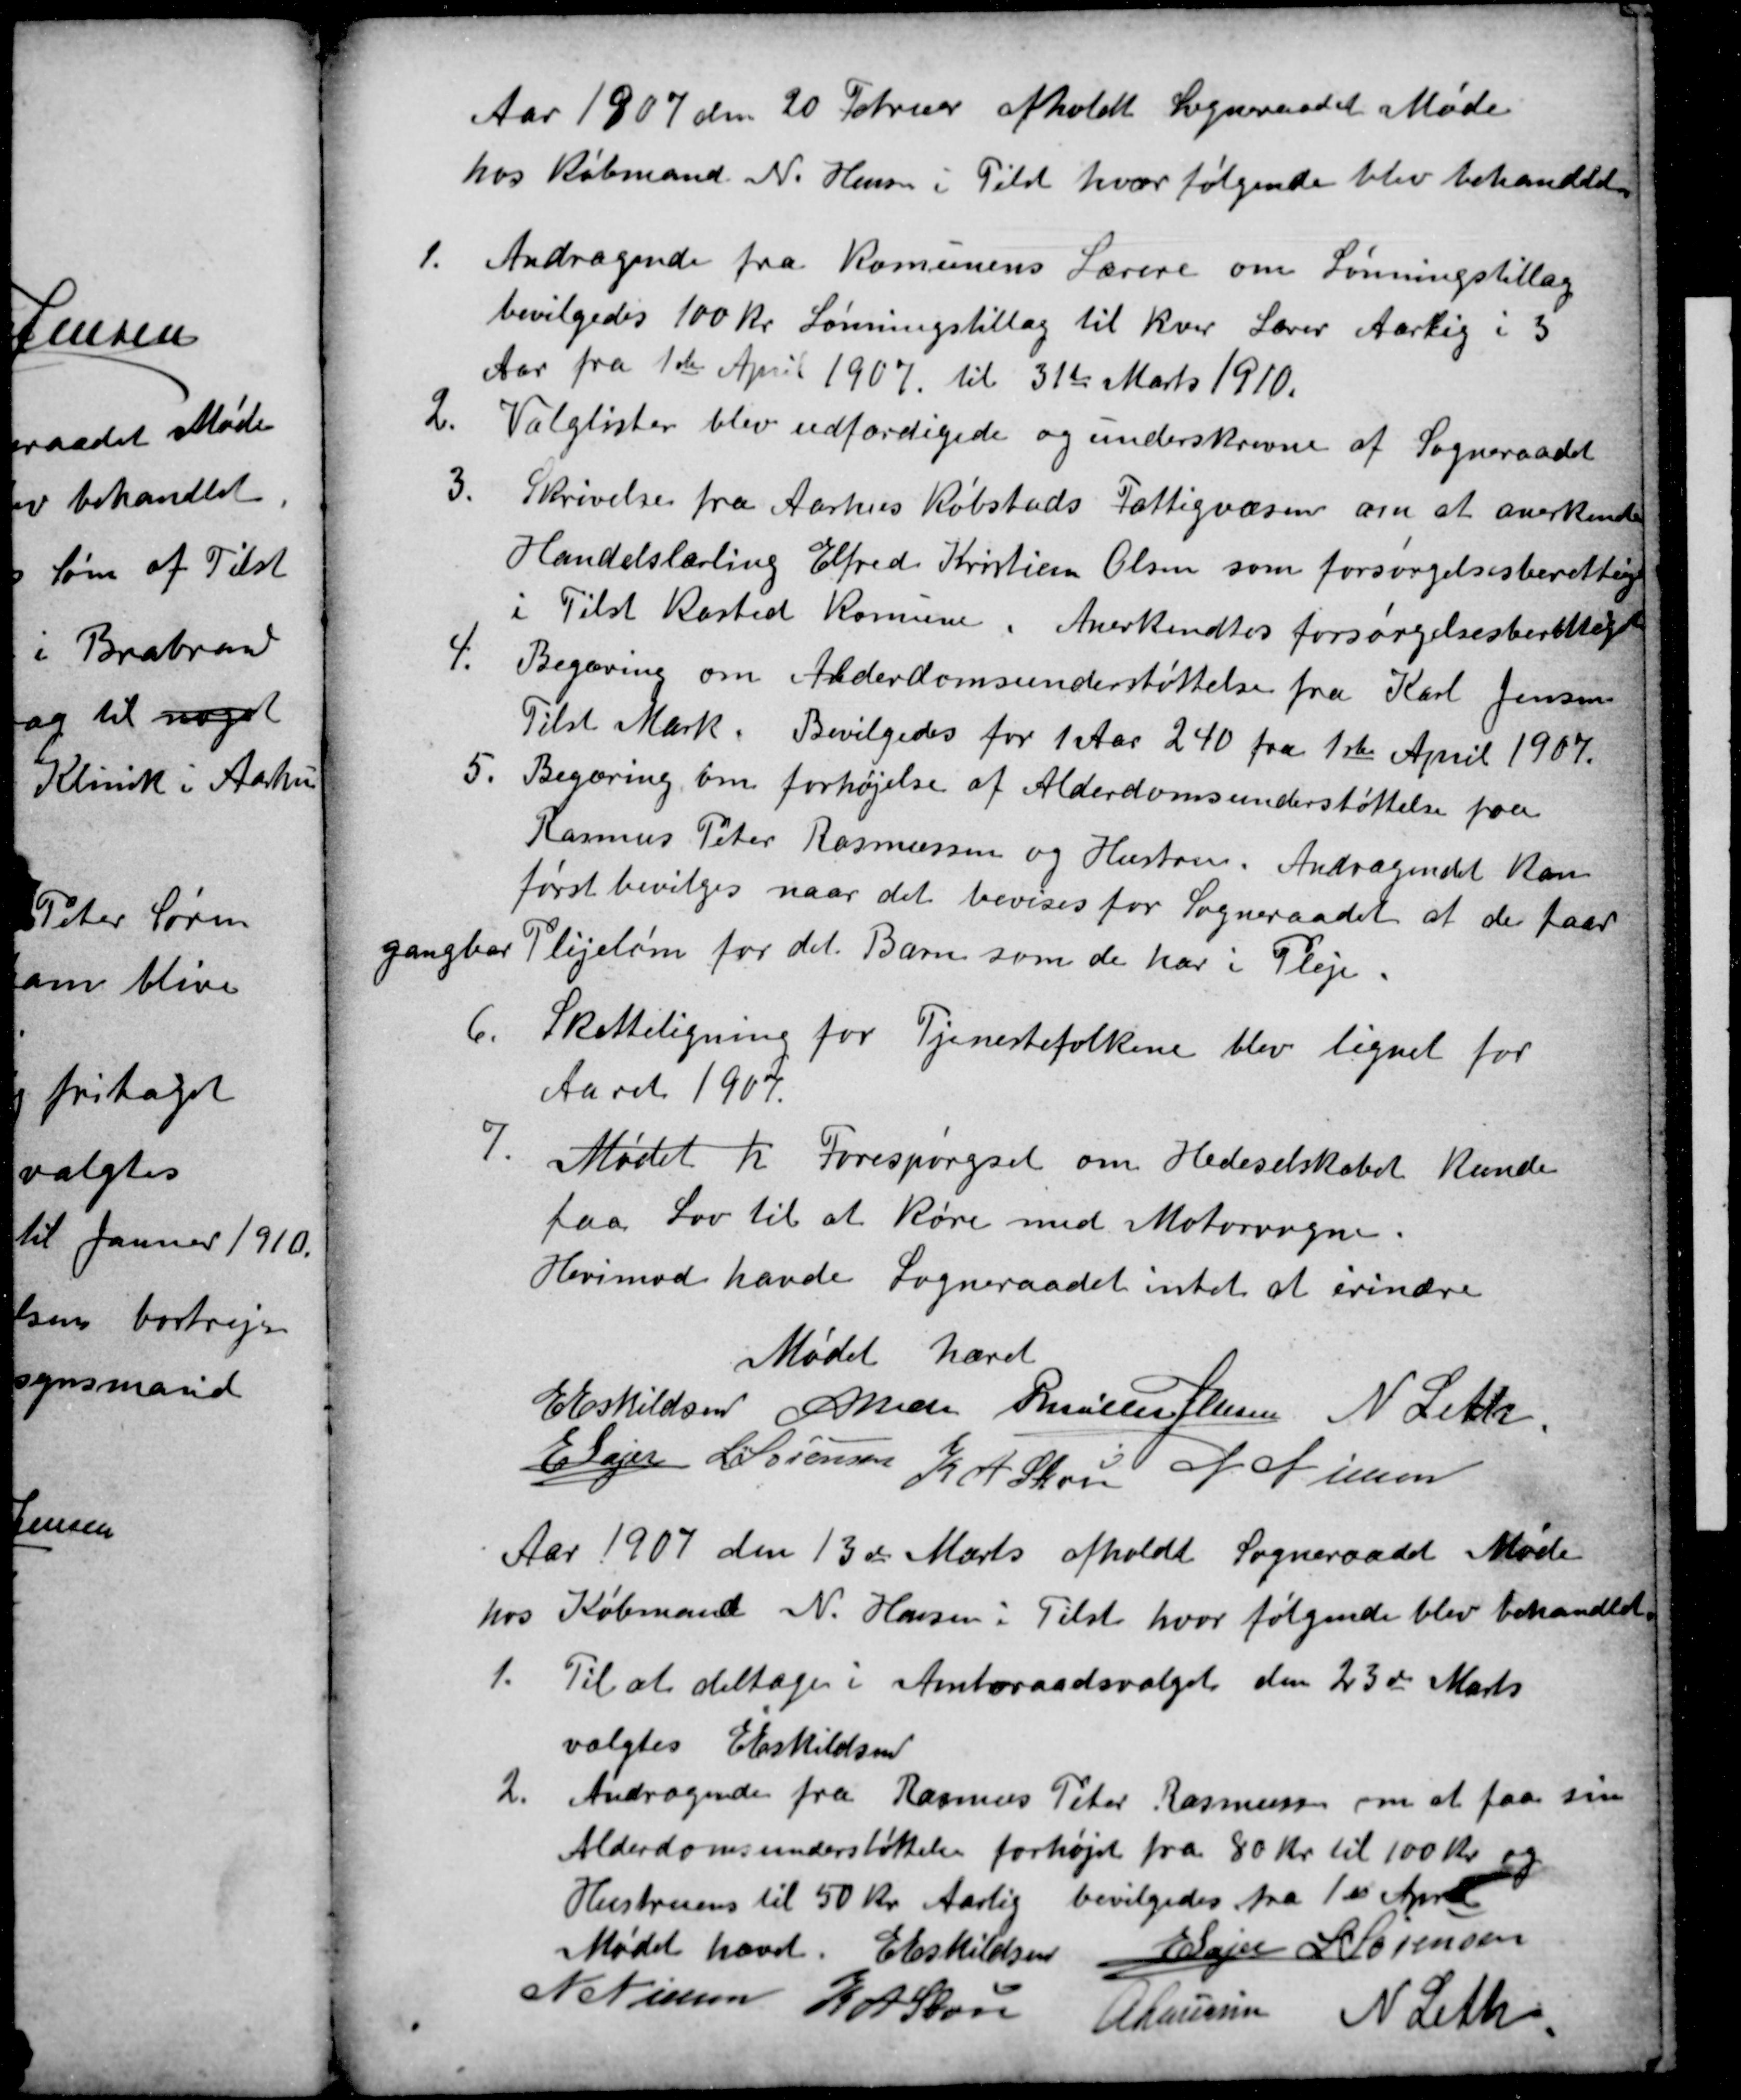
Transskription:
Aar 1907 den 20 Februar afholdt Sogneraadet Møde
hos Købmand N. Hansen i Tilst hvor følgende blev behandlet.
1.
Andragende fra Komunens Lærere om Lønningstillæg
bevilgedes 100 Kr Lønningstillæg til hver Lærer Aarlig i 3
Aar fra 1ste April 1907. til 31te Marts 1910.
2.
Valglister blev udfærdigede og underskrevne af Sogneraadet
3.
Skrivelse fra Aarhus Købstads Fattigvæsen om at anerkende
Handelslærling Elfred Kristian Olsen som forsørgelsesberettiget
i Tilst Kasted Komune. Anerkendtes forsørgelsesberettiget
4.
Begæring om Anderdomsunderstøttelse fra Karl Jensen
Tilst Mark. Bevilgedes for 1 Aar 240 fra 1ste April 1907.
5.
Begæring om forhøjelse af Alderdomsunderstøttelse fra
Rasmus Peter Rasmussen og Hustru. Andragendet kan
først bevilges naar det bevises for Sogneraadet at de faar
gangbar Plejeløn for det Barn som de har i Pleje.
6.
Skatteligning for Tjenestefolkene blev lignet for
Aaret 1907.
7.
Mødet h Forespørgsel om Hedeselskabet kunde
faa Lov til at køre med Motorvogne.
Herimod havde Sogneraadet intet at erindre
Mødet hævet
E Eskildsen
A Bech
P Møller Jensen
N Leth.
E Lajer
E Lajer L Sørensen K A Skou
N Nielsen
Aar 1907 den 13de Marts afholdt Sogneraadet Møde
hos Købmand N. Hansen i Tilst hvor følgende blev behandlet.
1.
Til at deltage i Amtsraadsvalget den 23de Marts
valgtes E Eskildsen
2
Andragende fra Rasmus Peter Rasmussen om at faa sin
Alderdomsunderstøttelse forhøjet fra 80 Kr. til 100 Kr og
Hustruens til 50 Kr. Aarlig bevilgedes fra 1st April
Mødet hævet
E Eskildsen
E Lajer L Sørensen
N Nielsen K A Skou
A Laursen N Leth